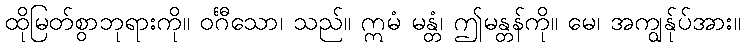
ထိုမြတ်စွာဘုရားကို။ ဝင်္ဂီသော၊ သည်။ ဣမံ မန္တံ၊ ဤမန္တန်ကို။ မေ၊ အကျွန်ုပ်အား။